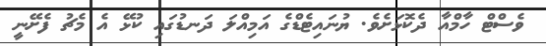
ވެސްޓް ހާމްއާ ދެކޮޅަށެވެ. ޔުނައިޓެޑްގެ އަމިއްލަ ދަނޑުގައި ކުޅޭ އެ މެޗު ފެށޭނީ